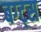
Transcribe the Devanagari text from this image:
बग्ट्स